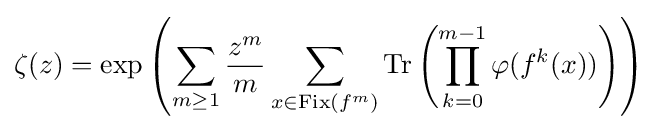
\zeta (z)=\exp \left(\sum _{m\geq 1}{\frac {z^{m}}{m}}\sum _{x\in \operatorname {Fix} (f^{m})}\operatorname {Tr} \left(\prod _{k=0}^{m-1}\varphi (f^{k}(x))\right)\right)